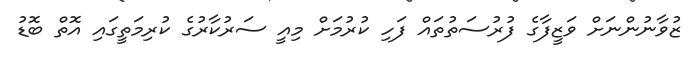
ޒުވާނުންނަށް ވަޒީފާގެ ފުރުސަތުތައް ފަހި ކުރުމަށް މިއީ ސަރުކާރުގެ ކުރިމަތީގައި އޮތް ބޮޑު